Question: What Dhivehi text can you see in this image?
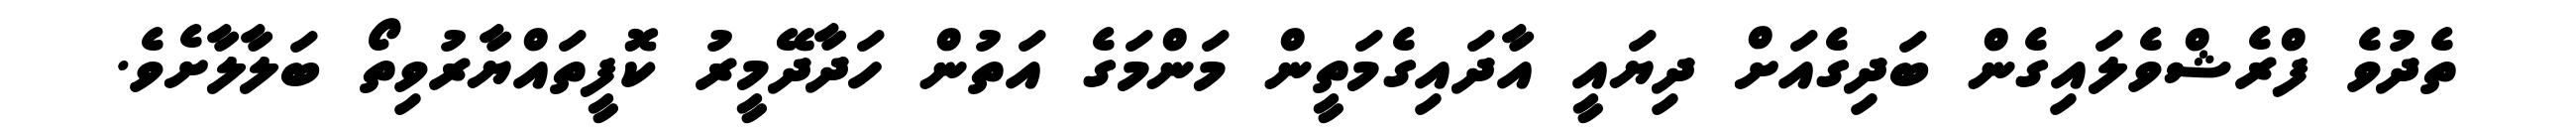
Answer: ތެދުވެ ފްރެޝްވެލައިގެން ބަދިގެއަށް ދިޔައީ އާދައިގެމަތީން މަންމަގެ އަތުން ހަދާދޭމީރު ކޮފީތައްޔާރުވިތޯ ބަލާލާށެވެ.